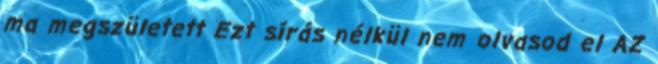
ma megszületett Ezt sírás nélkül nem olvasod el AZ